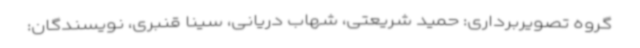
گروه تصویربرداری: حمید شریعتی، شهاب دریانی، سینا قنبری، نویسندگان: